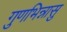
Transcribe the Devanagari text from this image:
गुणभिन्नासु